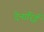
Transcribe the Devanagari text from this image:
देनारिई